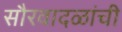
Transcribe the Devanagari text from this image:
सौरवादळांची